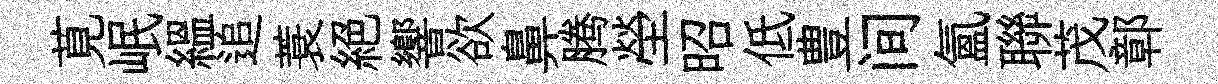
莧岷緼追蓑絶響欲鼻腾塋昭低豊间氲聯茂鄣